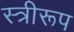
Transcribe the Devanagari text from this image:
स्त्रीरूप